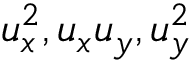
u _ { x } ^ { 2 } , u _ { x } u _ { y } , u _ { y } ^ { 2 }